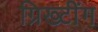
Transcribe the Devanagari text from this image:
ग्रिख्टींग